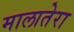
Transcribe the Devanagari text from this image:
मालातेरा